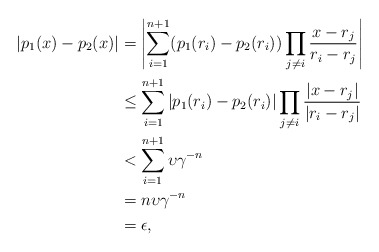
\begin{align*} |p_1(x)-p_2(x)|&= \left|\sum_{i=1}^{n+1}(p_1(r_i)-p_2(r_i))\prod_{j\neq i}\frac{x-r_j}{r_i-r_j}\right|\\&\leq \sum_{i=1}^{n+1}\left|p_1(r_i)-p_2(r_i)\right|\prod_{j\neq i}\frac{|x-r_j|}{|r_i-r_j|}\\&< \sum_{i=1}^{n+1} \upsilon\gamma^{-n}\\&=n\upsilon\gamma^{-n}\\&=\epsilon,\end{align*}